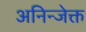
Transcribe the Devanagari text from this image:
अनिन्जेक्त